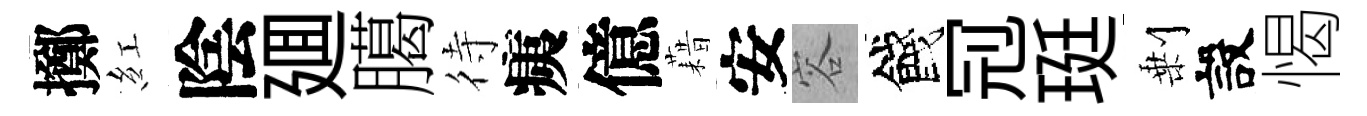
擲紅陰廽臈待痍億藉安容餞𠜍珽剰設愒